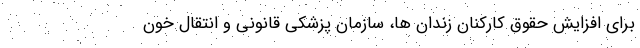
برای افزایش حقوق کارکنان زندان ها، سازمان پزشکی قانونی و انتقال خون